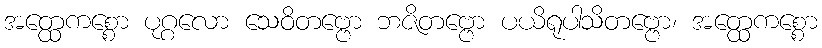
အတ္ထေကစ္စော ပုဂ္ဂလော သေဝိတဗ္ဗော ဘဇိတဗ္ဗော ပယိရုပါသိတဗ္ဗော၊ အတ္ထေကစ္စော